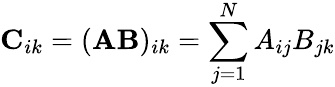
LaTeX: \mathbf{C}_{ik}=(\mathbf{A}\mathbf{B})_{ik}=\sum_{j=1}^{N}A_{ij}B_{jk}